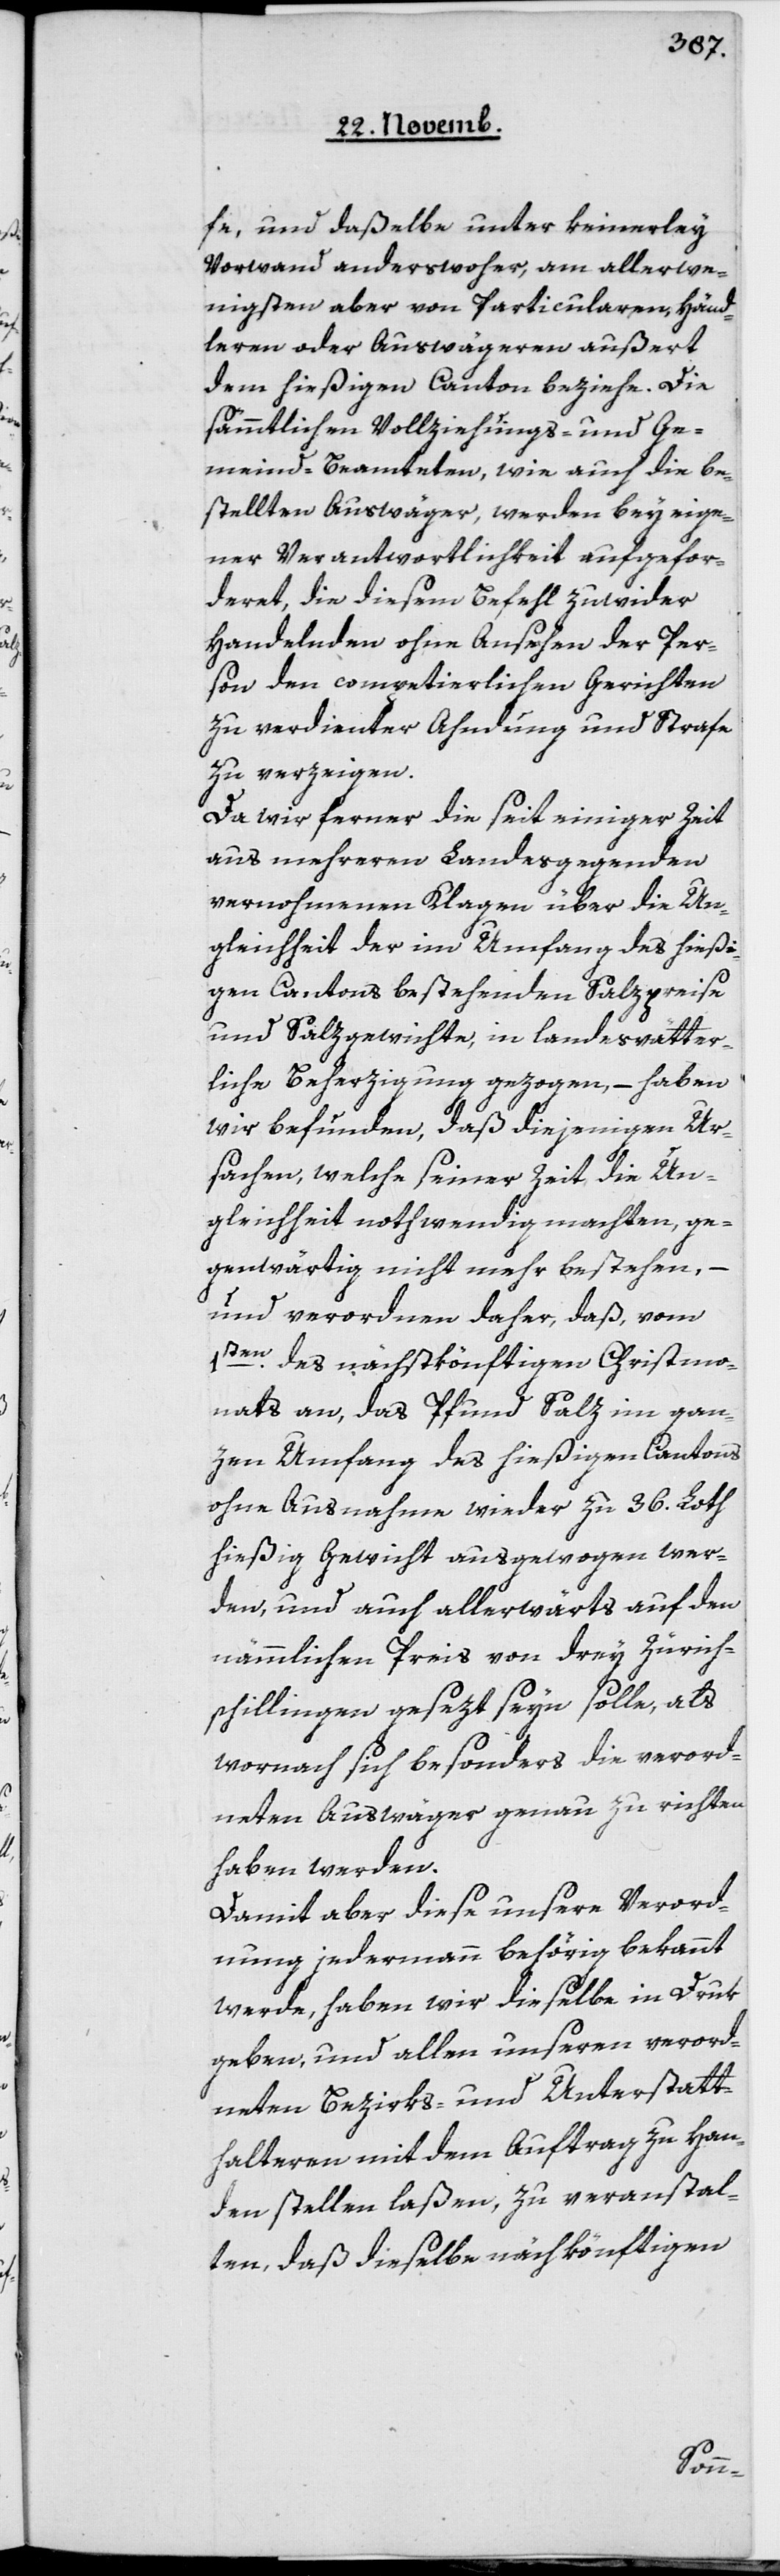
fe, und daßelbe unter keinerley
Vorwand anderswoher, am allerwe¬
nigsten aber von Particularen, Händ¬
leren oder Auswägeren, außert
dem hießigen Canton beziehe. Die
sämmtlichen Vollziehungs- und Ge¬
meind-Beamteten, wie auch die be¬
stellten Auswäger, werden bey eig¬
ner Verwantwortlichkeit aufgefor¬
deret, die diesem Befehl zuwider
Handelnden ohne Ansehen der Per¬
son den competierlichen Gerichten
zu verdienter Ahndung und Strafe
zu verzeigen.
Da wir ferner die seit einiger Zeit
aus mehreren Landesgegenden
vernohmenen Klagen über die Un¬
gleichheit der im Umfang des hießi¬
gen Cantons bestehenden Salzpreise
und Salzgewichte, in landesvätter¬
liche Beherzigung gezogen, – haben
wir befunden, daß diejenigen Ur¬
sachen, welche seiner Zeit die Un¬
gleichheit nothwendig machten, ge¬
genwärtig nicht mehr bestehen, –
und verordnen daher, daß vom
1ten des nächstkönftigen Christmo¬
nats an, das Pfund Salz im gan¬
zen Umfang des hießigen Cantons
ohne Ausnahme wieder zu 36 Loth
hießig Gewicht ausgewogen wer¬
den, und auch allerwärts auf den
nämmlichen Preis von drey Zürich¬
schillingen gesezt seyn solle, als
wornach sich besonders die verord¬
neten Auswäger genau zu richten
haben werden.
Damit aber diese unsere Verord¬
nung jedermann behörig bekannt
werde, haben wir dieselbe in Druk
geben, und allen unseren verord¬
neten Bezirks- und Unterstatt¬
halteren mit dem Auftrag zu Han¬
den stellen laßen, zu veranstal¬
ten, daß dieselbe nächkönftigen